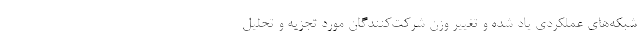
شبکه‌های عملکردی یاد شده و تغییر وزن شرکت‌کنندگان مورد تجزیه و تحلیل